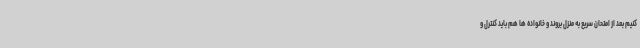
کنیم بعد از امتحان سریع به منزل بروند و خانواده ها هم باید کنترل و